Vaccination North-Western Provinces and Oudh 1896-1901 - 1896-1901
Year: 1896
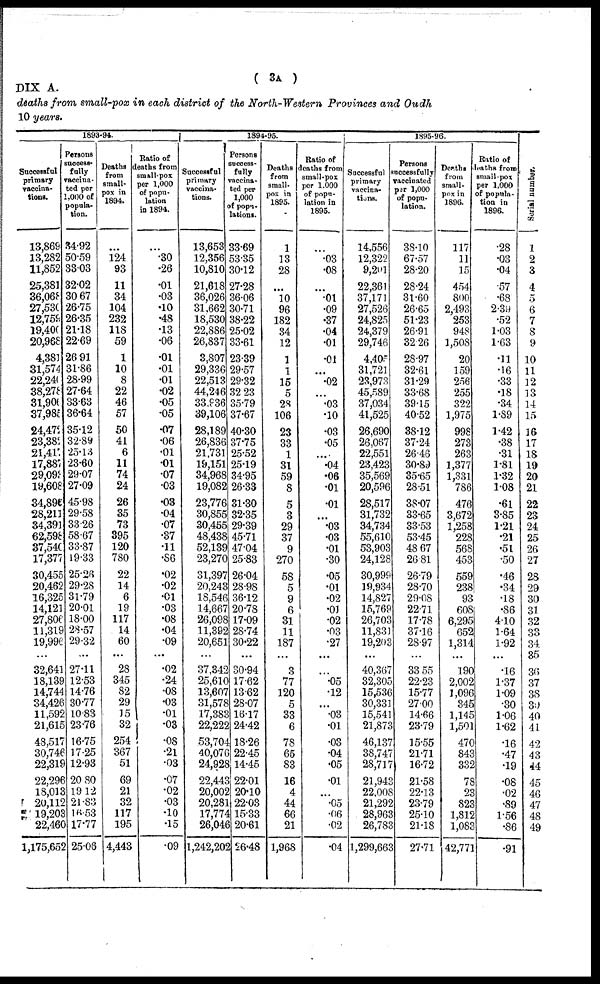
( 3A )
DIX A.
deaths from small-pox in each district of the North-Western Provinces and Oudh
10 years.
1893-94.
Successful
primary
vaccina-
tions.
13,869
13,282
11,852
25,381
36,068
27,530
12,759
19,400
20,968
4,381
31,574
22,240
38,278
31,906
37,985
24,472
23,382
21,417
17,887
29,093
19,608
34,896
28,211
34,391
62,598
37,540
17,377
30,455
20,462
16,325
14,121
27,806
11,319
19,996
...
32,641
18,139
14,744
34,426
11,592
21,615
48,517
30,746
22,319
22,296
18,013
20,112
19,203
22,460
1,175,652
Persons
success¬
fully
vaccina-
ted per
1,000 of
popula¬
tion.
34.92
50.59
33.03
32.02
30.67
26.75
26.35
21.18
22.69
26.91
31.86
28.99
27.64
33.63
36.64
35.12
32.89
25.13
23.60
29.07
27.09
45.98
29.58
33.26
58.67
33.87
19.33
25.26
29.28
31.79
20.01
18.00
28.57
29.32
...
27.11
12.53
14.76
30.77
10.83
23.76
16.75
17.25
12.93
20.80
19.12
21.83
16.53
17.77
25.06
Deaths
from
small-
pox in
1894.
...
124
93
11
34
104
232
118
59
1
10
8
22
46
57
50
41
6
11
74
24
26
35
73
395
120
780
22
14
6
19
117
14
60
...
28
345
82
29
15
32
254
367
51
69
21
32
117
195
4,443
Ratio of
deaths from
small-pox
per 1,000
of popu-
lation
in 1894.
...
.30
.26
.01
.03
.10
.48
.13
.06
.01
.01
.01
.02
.05
.05
.07
.06
.01
.01
.07
.03
.03
.04
.07
.37
.11
.86
.02
.02
.01
.03
.08
.04
.09
...
.02
.24
.08
.03
.01
.03
.08
.21
.03
.07
.02
.03
.10
.15
.09
1894-95.
Successful
primary
vaccina¬
tions.
13,653
12,356
10,810
21,618
36,026
31,662
18,530
22,886
26,837
3,807
29,336
22,513
44,246
33.936
39,106
28,189
26,836
21,731
19,151
34,968
19,082
23,776
30,855
30,455
48,438
52,139
23,270
31,397
20,243
18,546
14,667
26,098
11,392
20,651
...
37,342
25,610
13,607
31,578
17,383
22,222
53,704
40,076
24,928
22,443
20,002
20,281
17,774
26,046
1,242,202
Persons
success¬
fully
vaccina¬
ted per
1,000
of popu¬
lations.
33.69
53.35
30.12
27.28
36.06
30.71
38.22
25.02
33.61
23.39
29.57
29.32
32.23
35.79
37.67
40.30
37.75
25.52
25.19
34.95
26.33
31.30
32.35
29.39
45.71
47.04
25.83
26.04
28.98
36.12
20.78
17.09
28.74
30.22
...
30.94
17.62
13.62
28.07
16.17
24.42
18.26
22.45
14.45
22.01
20.10
22.03
15.33
20.61
26.48
Deaths
from
small-
pox in
1895.
1
13
28
...
10
96
182
34
12
1
1
15
5
28
106
23
33
1
31
59
8
5
3
29
37
9
270
58
5
9
6
31
11
187
...
3
77
120
5
33
6
78
65
83
16
4
44
66
21
1,968
Ratio of
deaths from
small-pox
per 1,000
of popu-
lation in
1895.
...
.03
.08
...
.01
.09
.37
.04
.01
.01
...
.02
...
.03
.10
.03
.05
. . . .
.04
.06
.01
.01
...
.03
.03
.01
.30
.05
.01
.02
.01
.02
.03
.27
...
...
.05
.12
...
.03
.01
.03
.04
.05
.01
...
.05
.06
.02
.04
1895-96.
Successful
primary
vaccina¬
tions.
14,556
12,322
9,201
22,361
37,171
27,526
24,825
24,379
29,746
4,405
31,721
23,973
45,589
37,034
41,525
26,690
26,067
22,551
23,423
35,569
20,596
28,517
31,732
34,734
55,610
53,903
24,128
30,999
19,934
14,827
15,769
26,703
11,831
19,203
...
40,367
32,305
15,536
30,331
15,541
21,873
46,137
38,747
28,717
21,943
22,008
21,292
28,963
26,783
1,299,663
Persons
successfully
vaccinated
per 1,000
of popu-
lation.
38.10
67.57
28.20
28.24
31.60
26.65
51.23
26.91
32.26
28.97
32.61
31.29
33.68
39.15
40.52
38.12
37.24
26.46
30.89
35.65
28.51
38.07
33.65
33.53
53.45
48.67
26.81
26.79
28.70
29.08
22.71
17.78
37.16
28.97
...
33.55
22.23
15.77
27.00
14.66
23.79
15.55
21.71
16.72
21.58
22.13
23.79
25.10
21.18
27.71
Deaths
from
small-
pox in
1896.
117
11
15
454
800
2,493
253
948
1,508
20
159
256
255
322
1,975
998
273
263
1,377
1,331
786
476
3,672
1,258
228
568
453
559
238
93
608
6,295
652
1,314
...
190
2,002
1,096
345
1,145
1,501
470
843
332
78
23
823
1,812
1,083
42,771
Ratio of
deaths from
small-pox
per 1,000
of popula-
tion in
1896.
.28
.03
.04
.57
.68
2.39
.52
1.03
1.63
.11
.16
.33
.18
.34
1.89
1.42
.38
.31
1.81
1.32
1.08
.61
3.85
1.21
.21
.51
.50
.46
.34
.18
.86
4.10
1.64
1.92
...
.16
1.37
1.09
.30
1.06
1.62
.16
.47
.19
.08
.02
.89
1.56
.86
.91
Serial number.
1
2
3
4
5
6
7
8
9
10
11
12
13
14
15
16
17
18
19
20
21
22
23
24
25
26
27
28
29
30
31
32
33
34.
35
36
37
38
39
40
41
42
43
44
45
46
47
48
49